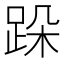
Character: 跺